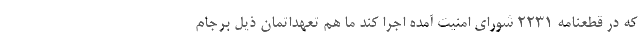
که در قطعنامه ۲۲۳۱ شورای امنیت آمده اجرا کند ما هم تعهداتمان ذیل برجام